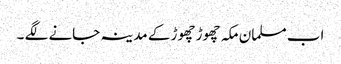
اب مسلمان مکہ چھوڑ چھوڑ کے مدینہ جانے لگے ۔